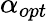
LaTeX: \alpha_{opt}